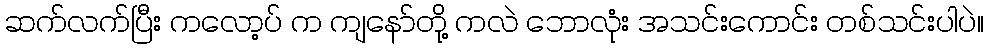
ဆက်လက်ပြီး ကလော့ပ် က ကျနော်တို့ ကလဲ ဘောလုံး အသင်းကောင်း တစ်သင်းပါပဲ။